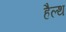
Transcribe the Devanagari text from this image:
हैल्‍थ